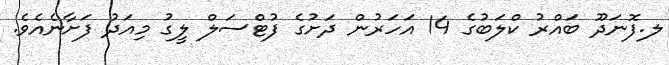
ލ.ފޮނަދޫ ބައްރު ކްލަބުގެ 14 އަހަރުން ދަށުގެ ފުޓްސަލް ލީގު މިއަދު ފަށާނެއެވެ.